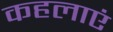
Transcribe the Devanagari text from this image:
कहलाएं